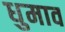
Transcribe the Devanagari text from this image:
धुमाव